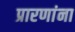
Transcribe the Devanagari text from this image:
प्रारणांना